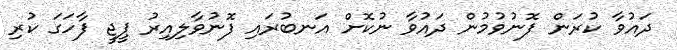
ދައުވާ ކުރަން ފޮނުވުމުން ދައުވާ ނުކޮށް އަނބުރައި ފޮނުވާލިއިރު ޕީޖީ ފާހަގަ ކުރި